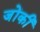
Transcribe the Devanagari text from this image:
जोंकी